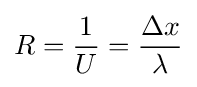
R={\frac {1}{U}}={\frac {\Delta x}{\lambda }}